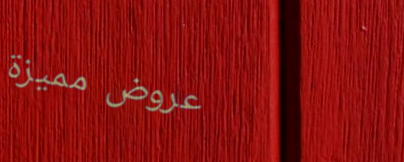
عروض مميزة